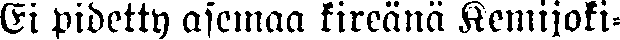
Ei pidetty asemaa kireänä Kemijoki-